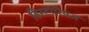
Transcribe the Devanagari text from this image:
हिस्टोरियंज